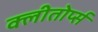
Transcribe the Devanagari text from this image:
क्लीतोर्प्स